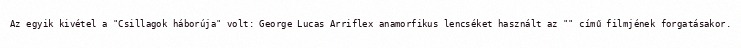
Az egyik kivétel a "Csillagok háborúja" volt: George Lucas Arriflex anamorfikus lencséket használt az "" című filmjének forgatásakor.